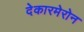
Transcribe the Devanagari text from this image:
देकारमेरोन